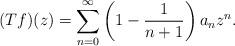
LaTeX: \begin{align*}(Tf)(z)=\sum_{n=0}^\infty \left(1-\dfrac{1}{n+1}\right)a_nz^n.\end{align*}